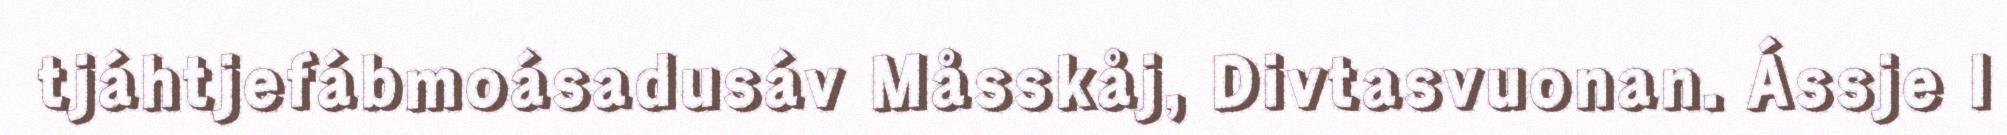
tjáhtjefábmoásadusáv Måsskåj, Divtasvuonan. Ássje l